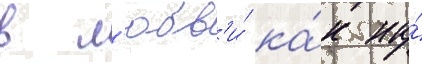
в л'юбв'и́ ка́к на́